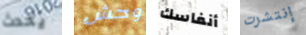
يحدث وحش أنفاسك إنتشرت